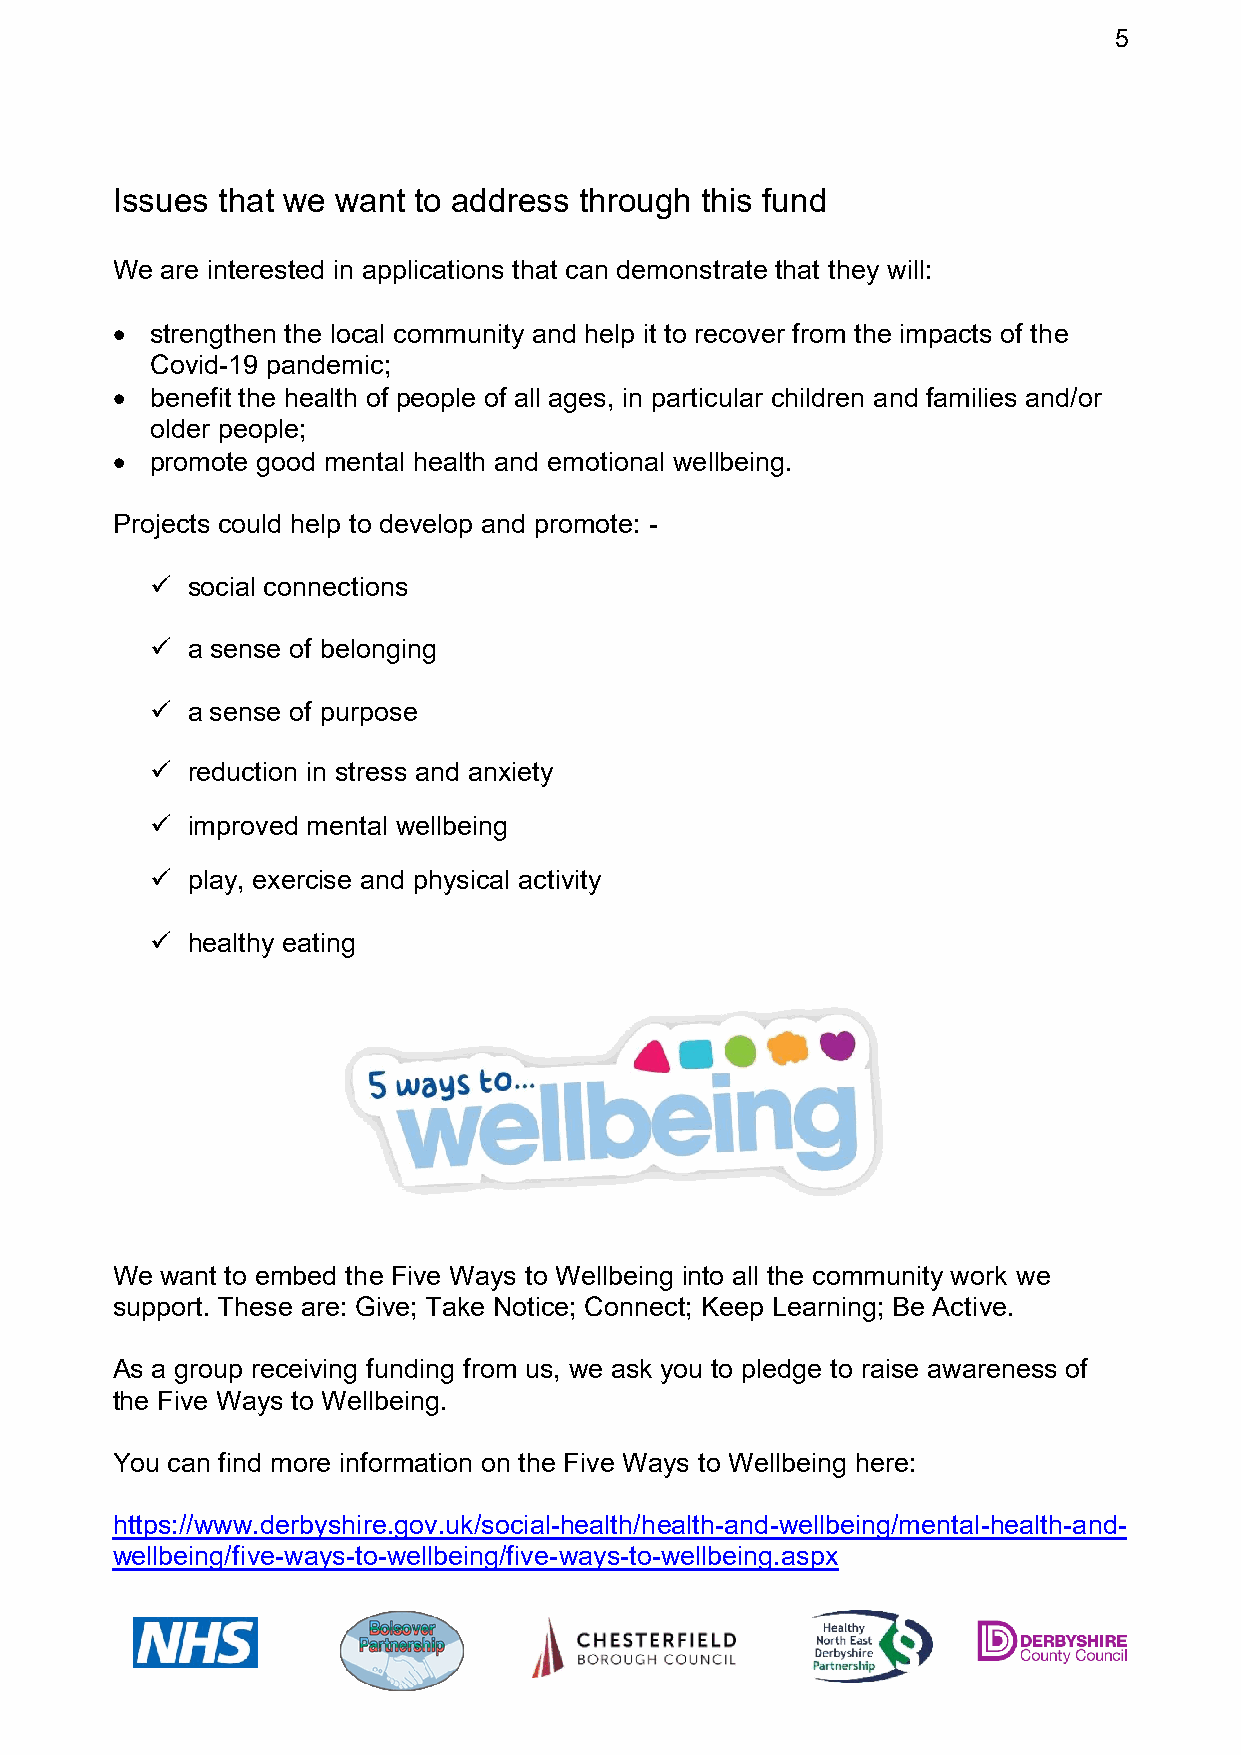
5
 Issues that we want to address through this fund
 We  are interested in applications that can demonstrate that they will:
   strengthen the local community and help it to recover from the impacts of the
 Covid-19 pandemic;
   benefit the health of people of all ages, in particular children and families and/or
 older people;
   promote good mental health and emotional wellbeing.
 Projects could help to develop and promote: -
  social connections
  a sense of belonging
  a sense of purpose
  reduction in stress and anxiety
  improved mental wellbeing
  play, exercise and physical activity
  healthy eating
 We  want to embed the Five Ways to Wellbeing into all the community work we
 support. These are: Give; Take Notice; Connect; Keep Learning; Be Active.
 As a group receiving funding from us, we ask you to pledge to raise awareness of
 the Five Ways to Wellbeing.
 You can find more information on the Five Ways to Wellbeing here:
 https://www.derbyshire.gov.uk/social-health/health-and-wellbeing/mental-health-and-
 wellbeing/five-ways-to-wellbeing/five-ways-to-wellbeing.aspx